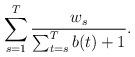
LaTeX: \begin{align*} \sum_{s=1}^T \frac{w_s}{\sum_{t=s}^Tb(t)+1}. \end{align*}